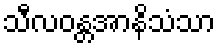
သီလဝန္တအာနိသံသာ